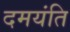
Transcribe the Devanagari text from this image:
दमयंति